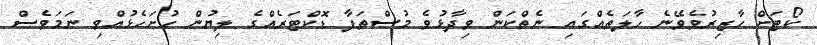
ކޯޓަށް ހާޒިރުވެވޭނެ ހާލަތެއްގައި ނެތްކަން ވިދާޅުވެ މުސްތަފާ ޑޮކްޓަރެއްގެ ލިޔުން ހުށަހެޅުއްވި ނަމަވެސް